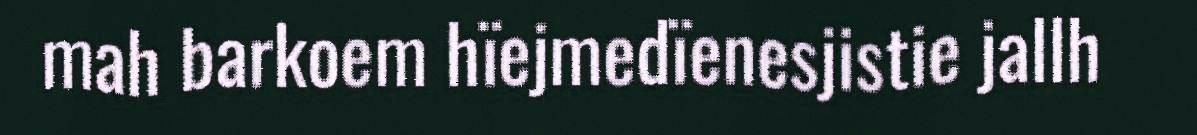
mah barkoem hïejmedïenesjistie jallh